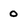
Character: 0